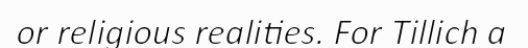
or religious realities. For Tillich a